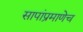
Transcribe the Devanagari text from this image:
सापांप्रमाणेच